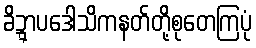
ခိဍ္ဋာပဒေါသိကနတ်တို့စုတေကြပုံ